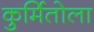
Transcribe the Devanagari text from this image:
कुर्मितोला